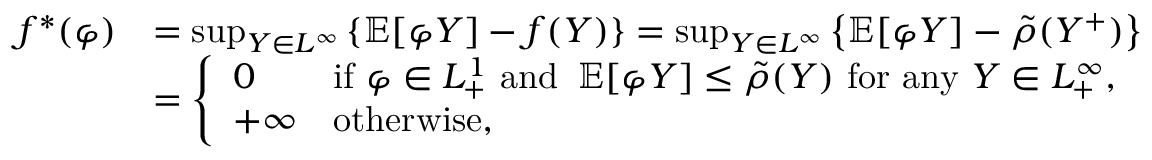
\begin{array} { r l } { f ^ { * } ( \varphi ) } & { = \operatorname* { s u p } _ { Y \in L ^ { \infty } } \ensuremath { \left\{ \operatorname { \mathbb { E } } [ \varphi Y ] - f ( Y ) \right\} } = \operatorname* { s u p } _ { Y \in L ^ { \infty } } \ensuremath { \left\{ \operatorname { \mathbb { E } } [ \varphi Y ] - \tilde { \rho } ( Y ^ { + } ) \right\} } } \\ & { = \left\{ \begin{array} { l l } { 0 } & { \mathrm { i f ~ } \varphi \in L _ { + } ^ { 1 } \mathrm { ~ a n d ~ } \operatorname { \mathbb { E } } [ \varphi Y ] \leq \tilde { \rho } ( Y ) \mathrm { ~ f o r ~ a n y ~ } Y \in L _ { + } ^ { \infty } , } \\ { + \infty } & { \mathrm { o t h e r w i s e } , } \end{array} \right. } \end{array}